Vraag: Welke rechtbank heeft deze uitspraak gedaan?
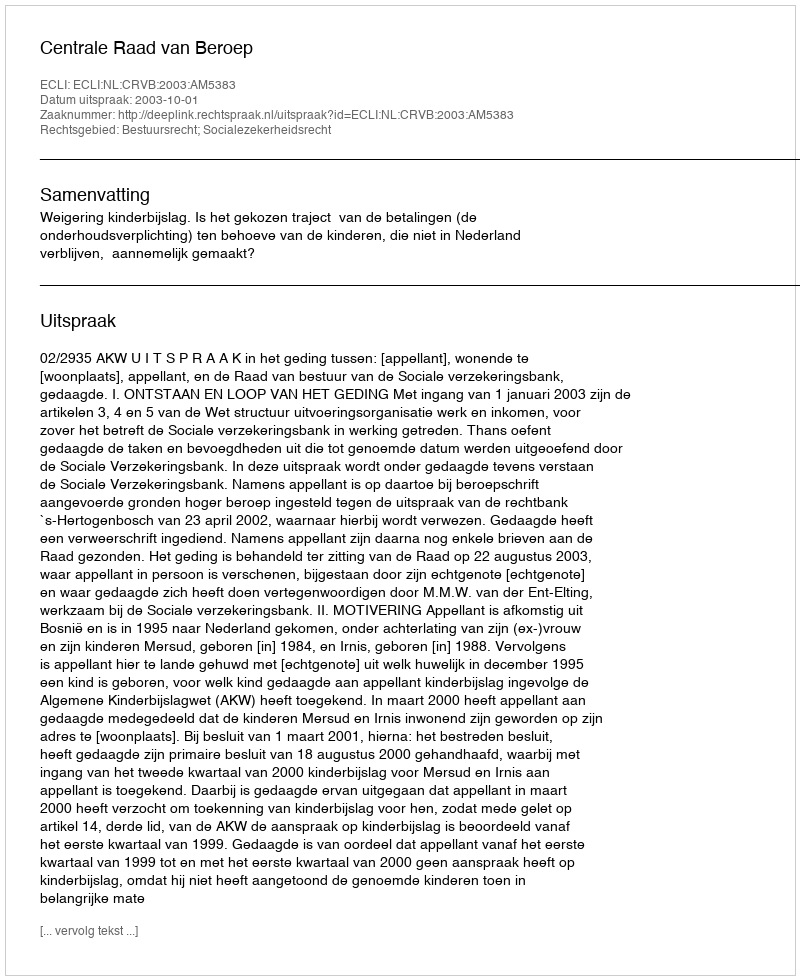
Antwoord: Centrale Raad van Beroep